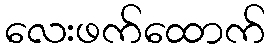
လေးဖက်ထောက်